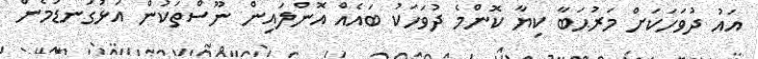
އައު ދުވަހަކަށް މަރުޙަބާ ކިޔާ ކޮންމެ ދުވަހަކު ބައެއް އޮންލައިން ނޫސްތަކުން އަޅުގަނޑުމެން